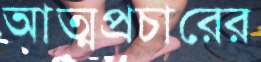
আত্মপ্রচারের